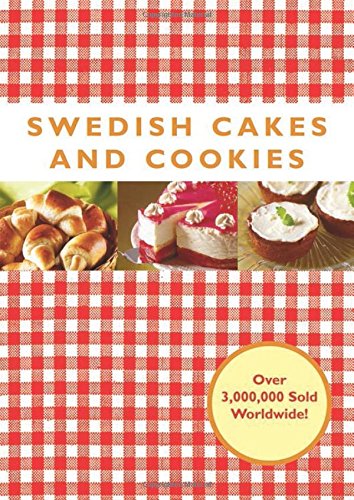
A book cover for Swedish Cakes and Cookies; Cookbooks, Food & Wine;